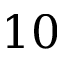
1 0